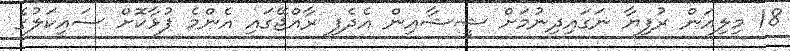
18 މިލިއަން ރުފިޔާ ނަގައިދިނުމަށް ޝީޝާއިން އެދެފި ރާއްޖޭގައި އެންމެ ފުޅާކޮށް ސައިކަލުގެ